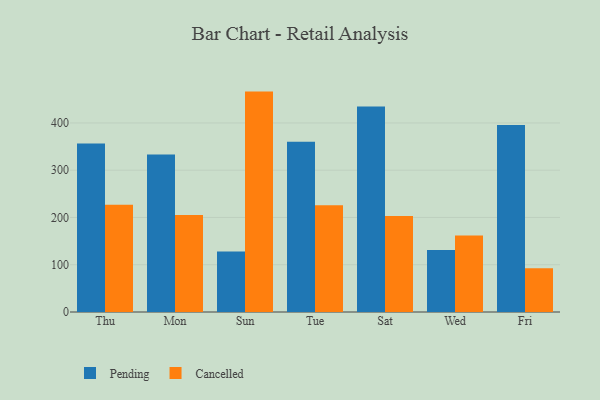
{"axis": {"x": "Day", "y": "Active Users"}, "legend": ["Cancelled", "Pending"], "data": [{"x": "Thu", "y": 356.6, "type": "Pending"}, {"x": "Thu", "y": 227.1, "type": "Cancelled"}, {"x": "Mon", "y": 333.4, "type": "Pending"}, {"x": "Mon", "y": 205.3, "type": "Cancelled"}, {"x": "Sun", "y": 128.2, "type": "Pending"}, {"x": "Sun", "y": 466.3, "type": "Cancelled"}, {"x": "Tue", "y": 360.1, "type": "Pending"}, {"x": "Tue", "y": 225.8, "type": "Cancelled"}, {"x": "Sat", "y": 434.8, "type": "Pending"}, {"x": "Sat", "y": 203.3, "type": "Cancelled"}, {"x": "Wed", "y": 131.1, "type": "Pending"}, {"x": "Wed", "y": 161.7, "type": "Cancelled"}, {"x": "Fri", "y": 395.6, "type": "Pending"}, {"x": "Fri", "y": 92.4, "type": "Cancelled"}]}